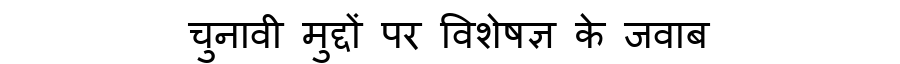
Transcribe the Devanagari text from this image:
चुनावी मुद्दों पर विशेषज्ञ के जवाब